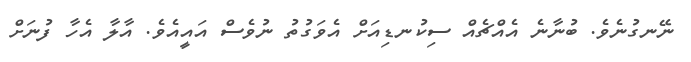
ނޭނގުނެވެ. ބުނާނެ އެއްޗެއް ސިކުނޑިއަށް އެވަގުތު ނުވެސް އައީއެވެ. އާލާ އެހާ ފުނަށް